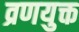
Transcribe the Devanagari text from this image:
व्रणयुक्त